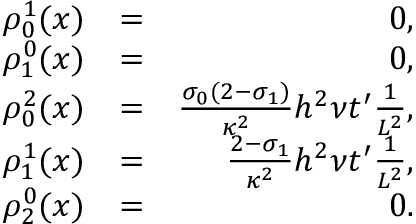
\begin{array} { r l r } { \rho _ { 0 } ^ { 1 } ( x ) } & { = } & { 0 , } \\ { \rho _ { 1 } ^ { 0 } ( x ) } & { = } & { 0 , } \\ { \rho _ { 0 } ^ { 2 } ( x ) } & { = } & { \frac { \sigma _ { 0 } ( 2 - \sigma _ { 1 } ) } { \kappa ^ { 2 } } h ^ { 2 } \nu t ^ { \prime } \frac { 1 } { L ^ { 2 } } , } \\ { \rho _ { 1 } ^ { 1 } ( x ) } & { = } & { \frac { 2 - \sigma _ { 1 } } { \kappa ^ { 2 } } h ^ { 2 } \nu t ^ { \prime } \frac { 1 } { L ^ { 2 } } , } \\ { \rho _ { 2 } ^ { 0 } ( x ) } & { = } & { 0 . } \end{array}